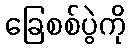
ခြေစစ်ပွဲကို